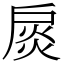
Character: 扊